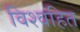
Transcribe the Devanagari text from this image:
विश्वहित